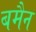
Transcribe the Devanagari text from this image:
बमैन